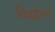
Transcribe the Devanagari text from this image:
विंडहेल्म